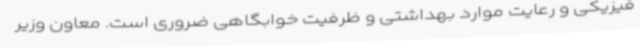
فیزیکی و رعایت موارد بهداشتی و ظرفیت خوابگاهی ضروری است. معاون وزیر